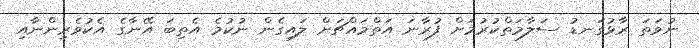
ނުވަތަ ރާޅުގަނޑު ސަލާމަތްކުރުމަށް ފުރާނަ އަތްމައްޗަށް ލައިގެން ނުކުމެ އެތިބަ އޭނާގެ އެކުވެރިންނާއި